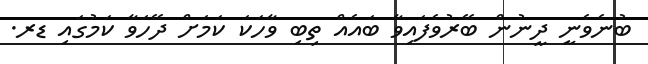
ބުނެވެނީ ދީނުން ބޭރުވެފައިވާ ބައެއް ތިބި ވާހަކަ ކަމަށް ދޭހަވާ ކަމުގައި ޑރ.